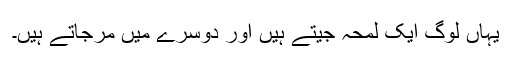
یہاں لوگ ایک لمحہ جیتے ہیں اور دوسرے میں مرجاتے ہیں۔